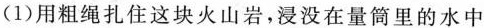
(1)用粗绳扎住这块火山岩，浸没在量筒里的水中